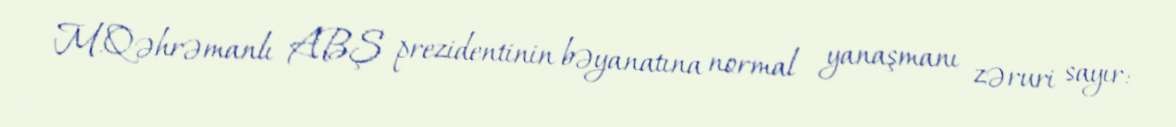
M.Qəhrəmanlı ABŞ prezidentinin bəyanatına normal yanaşmanı zəruri sayır: